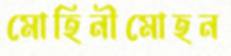
মোহিনীমোহন